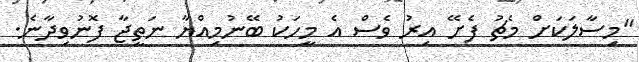
"މިސާލަކަށް މެޗު ފެށޭ އިރު ވެސް އެ މީހަކު ބޭނުމިއްޔާ ނަތީޖާ ފޮނުވިދާނެ.